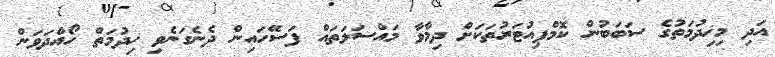
އަދި މިޚިދުމަތުގެ ސަބަބުން ކޮމްޕިއުޓަރުތަކަށް ދިމާވާ މައްސަލަތައް ފަސޭހައިން ދެނެގަނެވި ޚިދުމަތް ހޯއްދަވަން